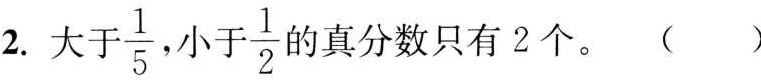
2.大于 \frac{1}{5} 小于\frac{1}{2} 旳真分数只有2个。( )